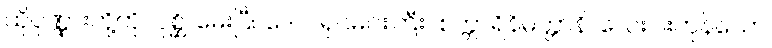
ထိုပုဏ္ဏားတို့ကို။ ပုစ္ဆိ၊ မေးပြီ။ ဒေဝ၊ ရှင်မင်းကြီး။ စတ္တာရိနိမိတ္တာနိ၊ လေးပါးကုန်သော